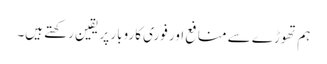
ہم تھوڑے سے منافع اور فوری کاروبار پر یقین رکھتے ہیں۔